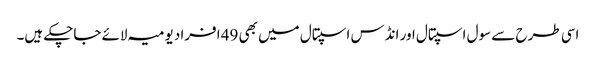
اسی طرح سے سول اسپتال اور انڈس اسپتال میں بھی 49 افراد یومیہ لائے جاچکے ہیں۔